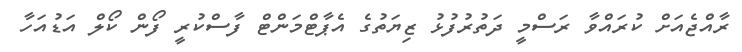
ރާއްޖެއަށް ކުރައްވާ ރަސްމީ ދަތުރުފުޅު ޒިޔަތުގެ އެޕާޓްމަންޓް ފާސްކުރީ ފޯން ކޯލް އަޑުއަހާ